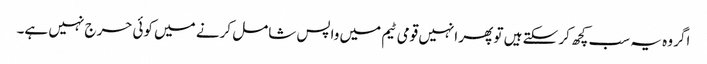
اگر وہ یہ سب کچھ کر سکتے ہیں تو پھر انہیں قومی ٹیم میں واپس شامل کرنے میں کوئی حرج نہیں ہے۔